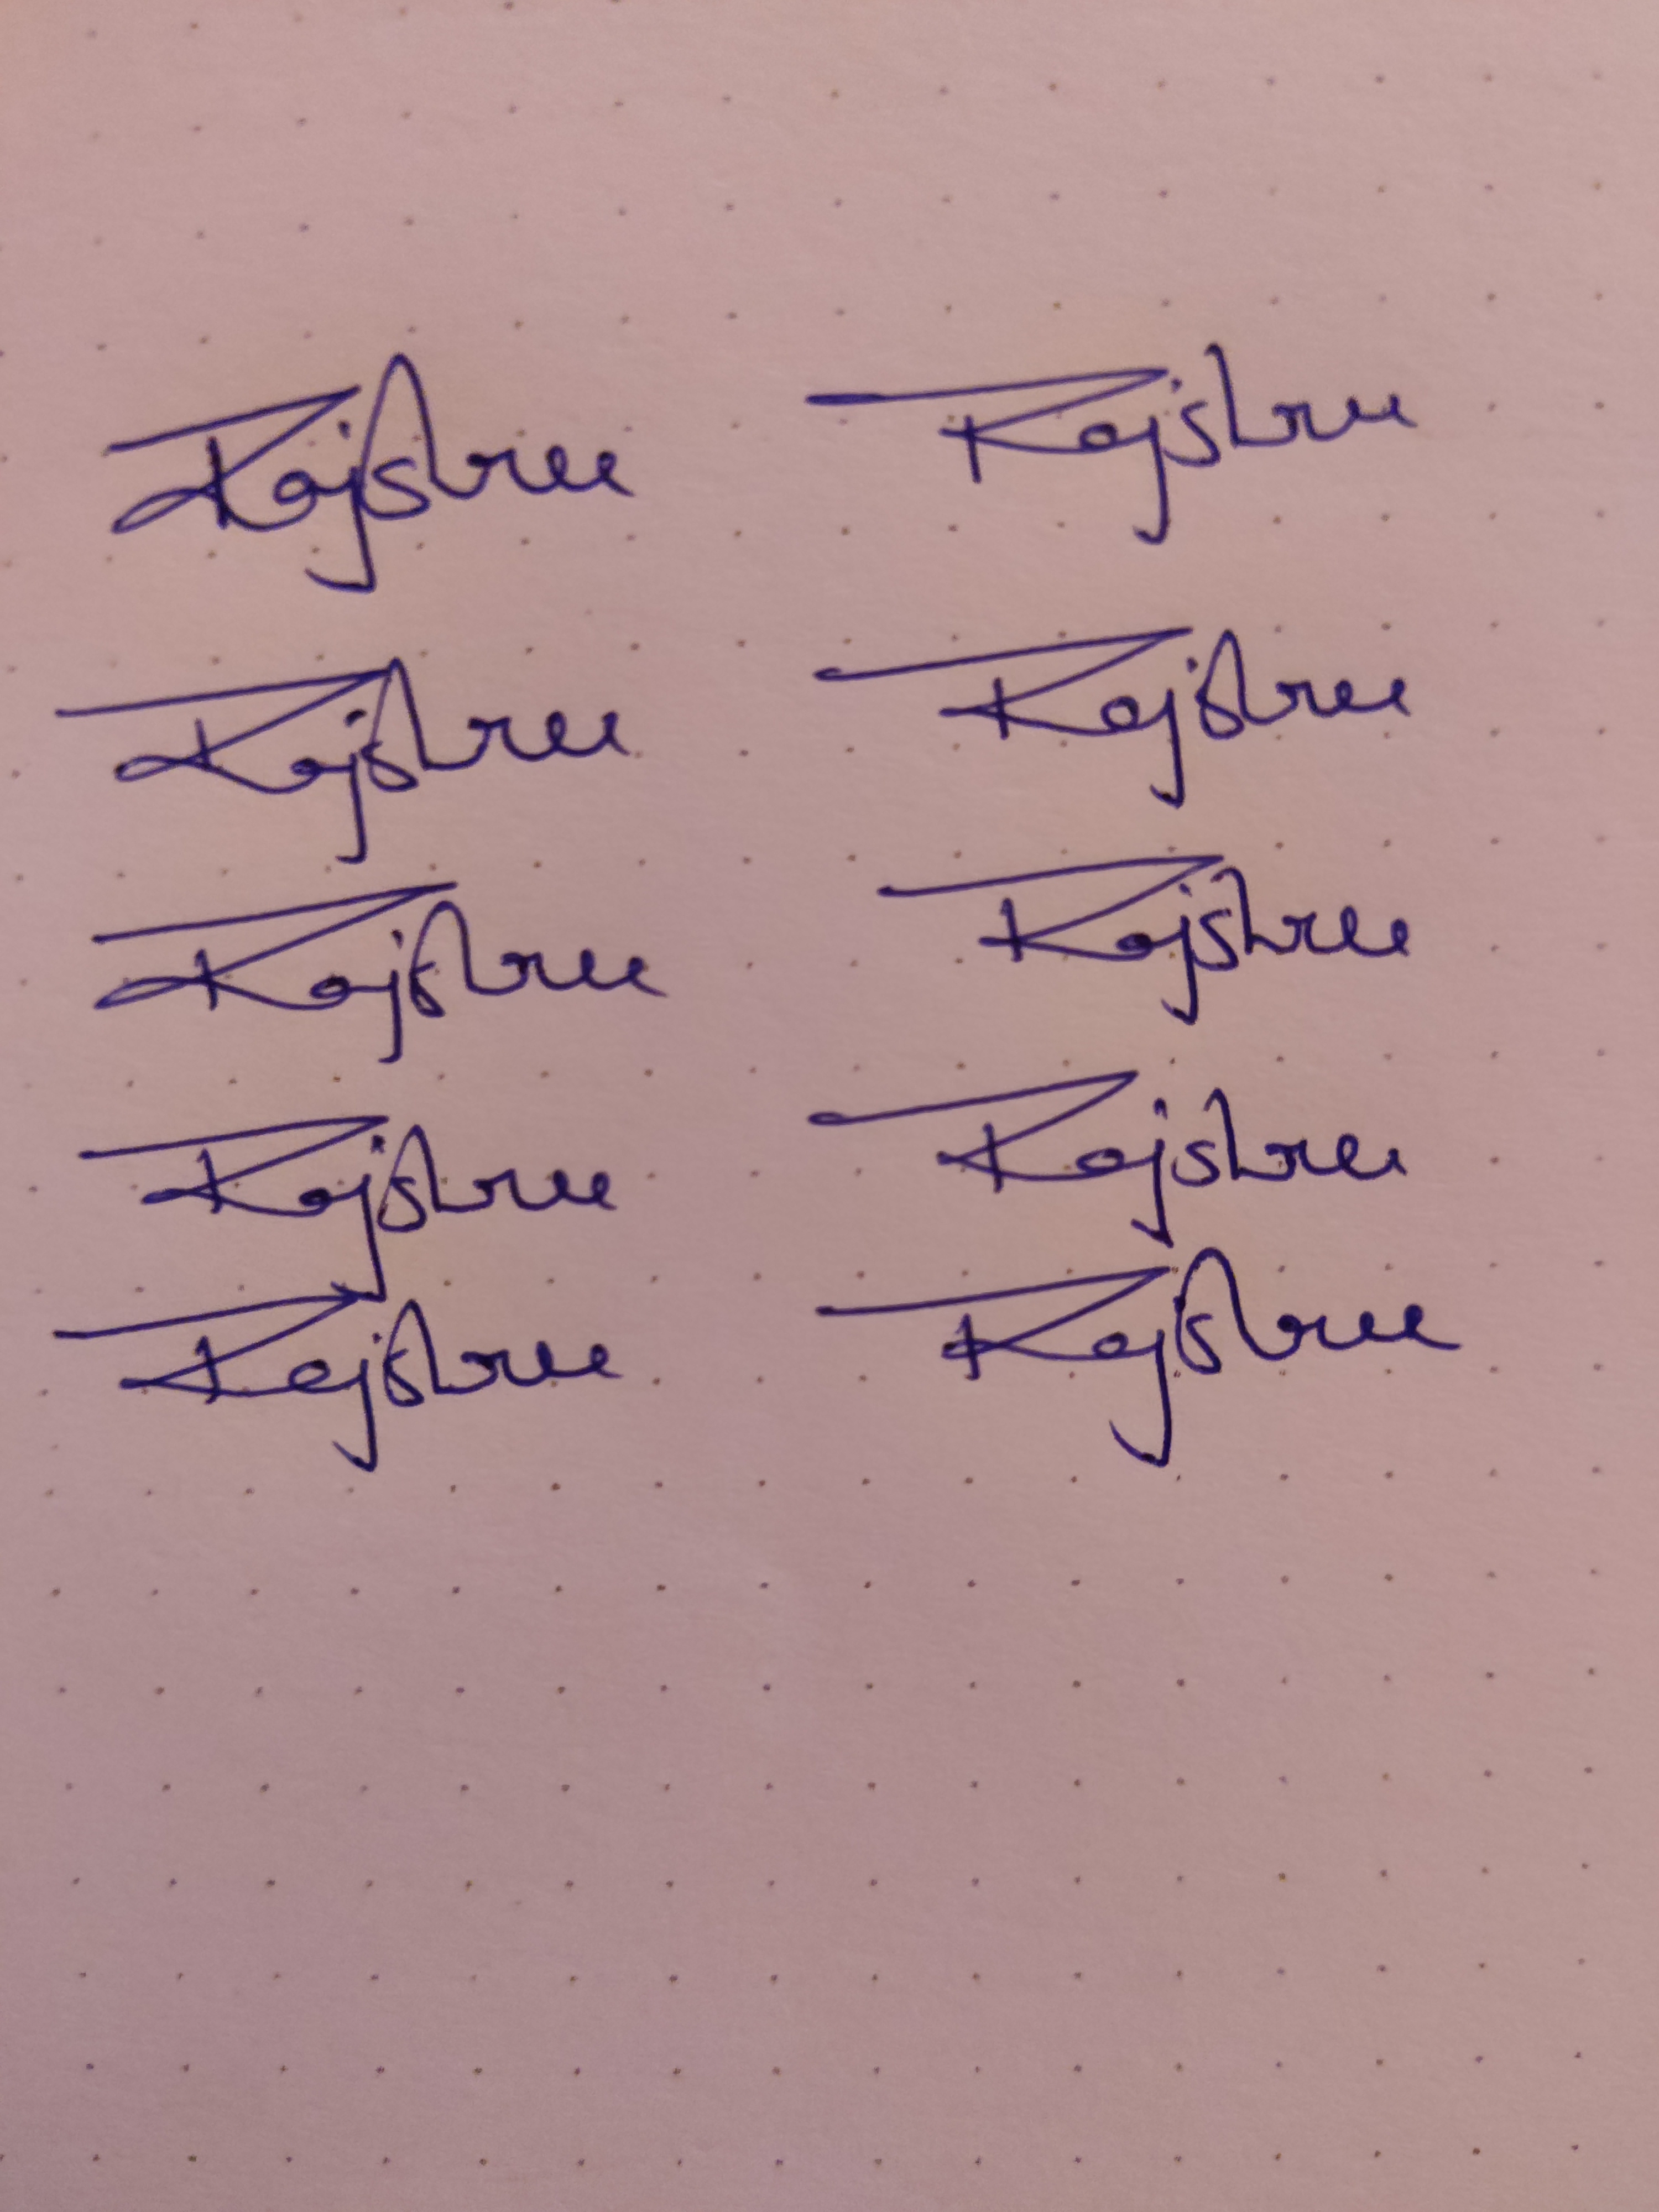
Signature authenticity: genuine